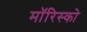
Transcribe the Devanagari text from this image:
मॉरिस्को